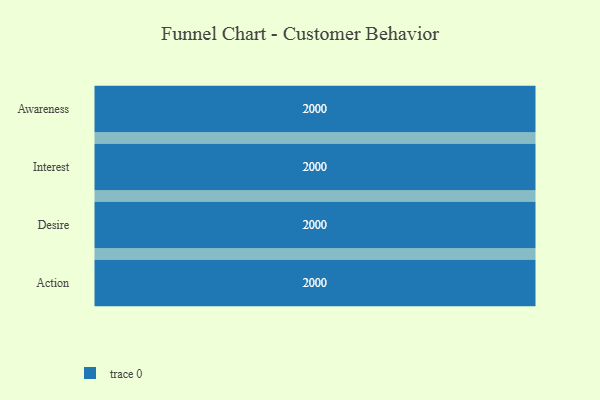
{"axis": {"x": "Stage", "y": "Value"}, "legend": [""], "data": [{"x": "Awareness", "y": 2000, "type": ""}, {"x": "Interest", "y": 2000, "type": ""}, {"x": "Desire", "y": 2000, "type": ""}, {"x": "Action", "y": 2000, "type": ""}]}